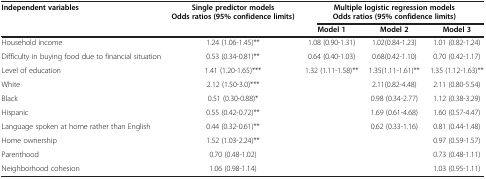
| Independent variables | Single predictor models Odds ratios (95% confidence limits) | <COLSPAN=3> Multiple logistic regression models Odds ratios (95% confidence limits) |
 |  |  | Model 1 | Model 2 | Model 3 |
 | --- | --- | --- | --- | --- |
 | Household income | 1.24 (1.06-1.45)** | 1.08 (0.90-1.31) | 1.02(0.84-1.23) | 1.01 (0.82-1.24) |
 | Difficulty in buying food due to financial situation | 0.53 (0.34-0.81)** | 0.64 (0.40-1.03) | 0.68(0.42-1.10) | 0.70 (0.42-1.17) |
 | Level of education | 1.41 (1.20-1.65)*** | 1.32 (1.11-1.58)** | 1.35(1.11-1.61)** | 1.35 (1.12-1.63)** |
 | White | 2.12 (1.50-3.0)*** |  | 2.11(0.82-4.48) | 2.11 (0.80-5.54) |
 | Black | 0.51 (0.30-0.88)* |  | 0.98 (0.34-2.77) | 1.12 (0.38-3.29) |
 | Hispanic | 0.55 (0.42-0.72)** |  | 1.69 (0.61-4.68) | 1.60 (0.57-4.47) |
 | Language spoken at home rather than English | 0.44 (0.32-0.61)** |  | 0.62 (0.33-1.16) | 0.81 (0.44-1.48) |
 | Home ownership | 1.52 (1.03-2.24)** |  |  | 0.97 (0.59-1.57) |
 | Parenthood | 0.70 (0.48-1.02) |  |  | 0.73 (0.48-1.11) |
 | Neighborhood cohesion | 1.06 (0.98-1.14) |  |  | 1.03 (0.95-1.11) |